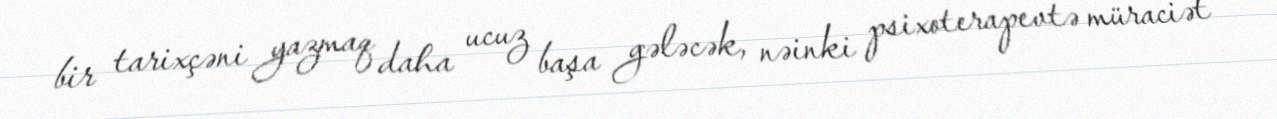
bir tarixçəni yazmaq daha ucuz başa gələcək, nəinki psixoterapevtə müraciət